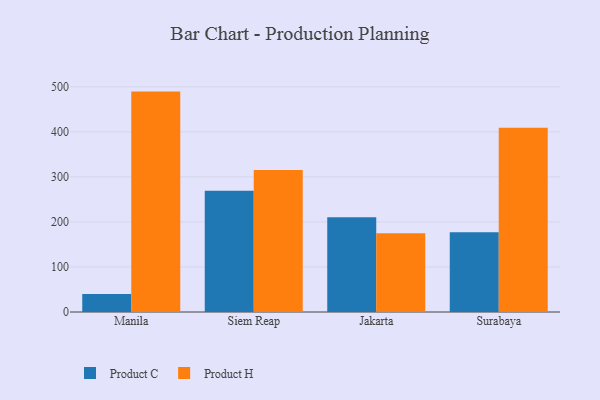
{"axis": {"x": "City", "y": "Bounce Rate (%)"}, "legend": ["Product C", "Product H"], "data": [{"x": "Manila", "y": 40.2, "type": "Product C"}, {"x": "Manila", "y": 489.3, "type": "Product H"}, {"x": "Siem Reap", "y": 269.1, "type": "Product C"}, {"x": "Siem Reap", "y": 315.2, "type": "Product H"}, {"x": "Jakarta", "y": 210.4, "type": "Product C"}, {"x": "Jakarta", "y": 174.7, "type": "Product H"}, {"x": "Surabaya", "y": 176.9, "type": "Product C"}, {"x": "Surabaya", "y": 409.1, "type": "Product H"}]}